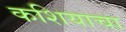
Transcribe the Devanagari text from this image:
कशियाचा